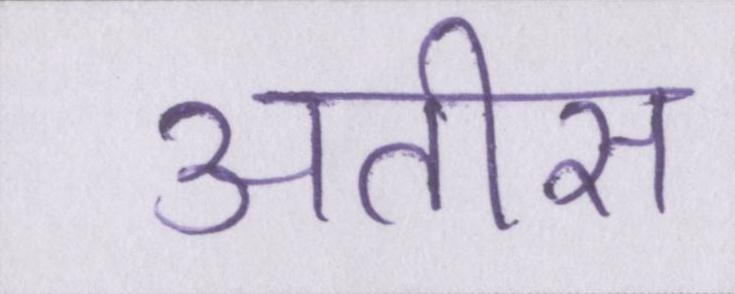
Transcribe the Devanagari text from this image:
अतीस